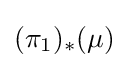
(\pi _{1})_{*}(\mu )